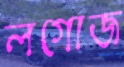
লগোজ